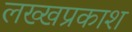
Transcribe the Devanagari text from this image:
लख्खप्रकाश